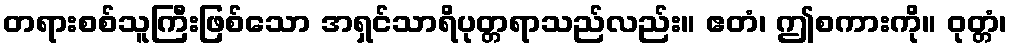
တရားစစ်သူကြီးဖြစ်သော အရှင်သာရိပုတ္တရာသည်လည်း။ ဧတံ၊ ဤစကားကို။ ဝုတ္တံ၊